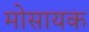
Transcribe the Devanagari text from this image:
मोसायक